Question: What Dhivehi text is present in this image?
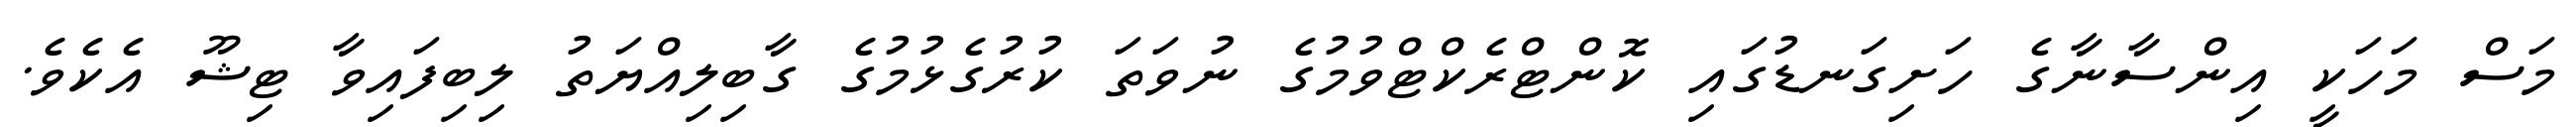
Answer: މަސް މަހަކީ އިންސާނާގެ ހަށިގަނޑުގައި ކޮންޓްރެކްޓްވުމުގެ ނުވަތަ ކުރުގެޅުމުގެ ގާބިލިއްޔަތު ލިބިފައިވާ ޓިޝޫ އެކެވެ.